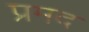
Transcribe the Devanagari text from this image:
प्रमद